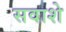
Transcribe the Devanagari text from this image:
सवाशे